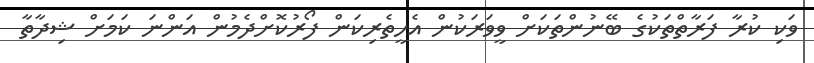
ވަކި ކުރާ ފަރާތްތަކުގެ ބޭނުންތަކަށް ވީވަރަކުން އެހީތެރިކަން ފޯރުކޮށްދެމުން އަންނަ ކަމަށް ޝިދާތާ